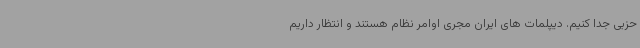
حزبی جدا کنیم. دیپلمات های ایران مجری اوامر نظام هستند و انتظار داریم